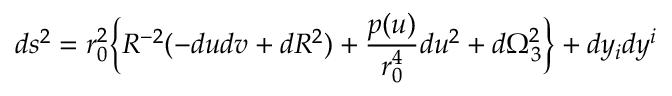
d s ^ { 2 } = r _ { 0 } ^ { 2 } \bigg \{ R ^ { - 2 } ( - d u d v + d R ^ { 2 } ) + { \frac { p ( u ) } { r _ { 0 } ^ { 4 } } } d u ^ { 2 } + d \Omega _ { 3 } ^ { 2 } \biggr \} + d y _ { i } d y ^ { i }